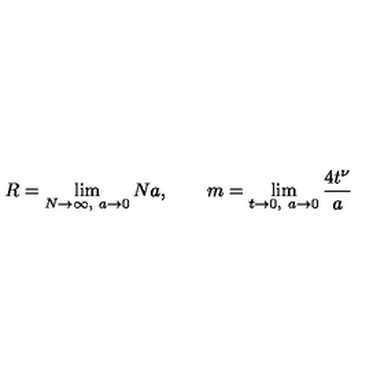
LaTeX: R = \lim _ { N \to \infty , \ a \to 0 } N a , \qquad m = \lim _ { t \to 0 , \ a \to 0 } \frac { 4 t ^ { \nu } } { a }